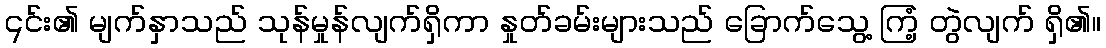
၎င်း၏ မျက်နှာသည် သုန်မှုန်လျက်ရှိကာ နှုတ်ခမ်းများသည် ခြောက်သွေ့ ကြံ့ တွဲလျက် ရှိ၏။